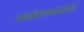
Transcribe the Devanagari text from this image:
कार्यकारणपरंपरेने